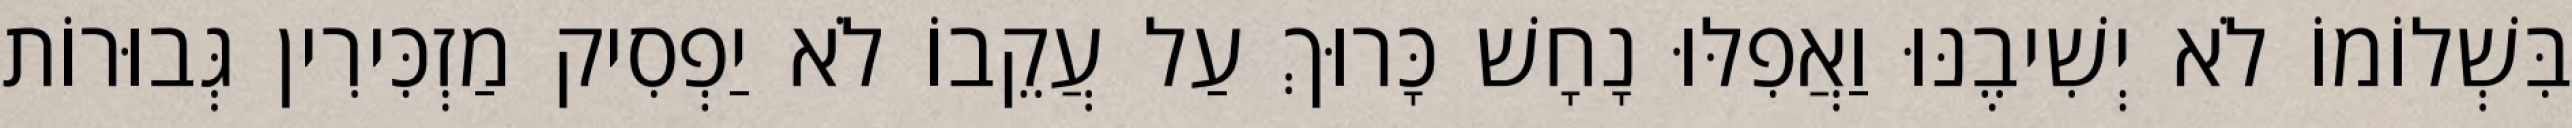
בִּשְׁלוֹמוֹ לֹא יְשִׁיבֶנּוּ וַאֲפִלּוּ נָחָשׁ כָּרוּךְ עַל עֲקֵבוֹ לֹא יַפְסִיק מַזְכִּירִין גְּבוּרוֹת